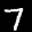
Label: 7